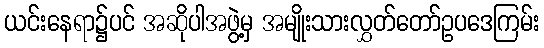
ယင်းနေရာ၌ပင် အဆိုပါအဖွဲ့မှ အမျိုးသားလွှတ်တော်ဥပဒေကြမ်း